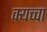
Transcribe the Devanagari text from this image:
क्यच्चा